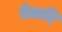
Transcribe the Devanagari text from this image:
प्रेतादि